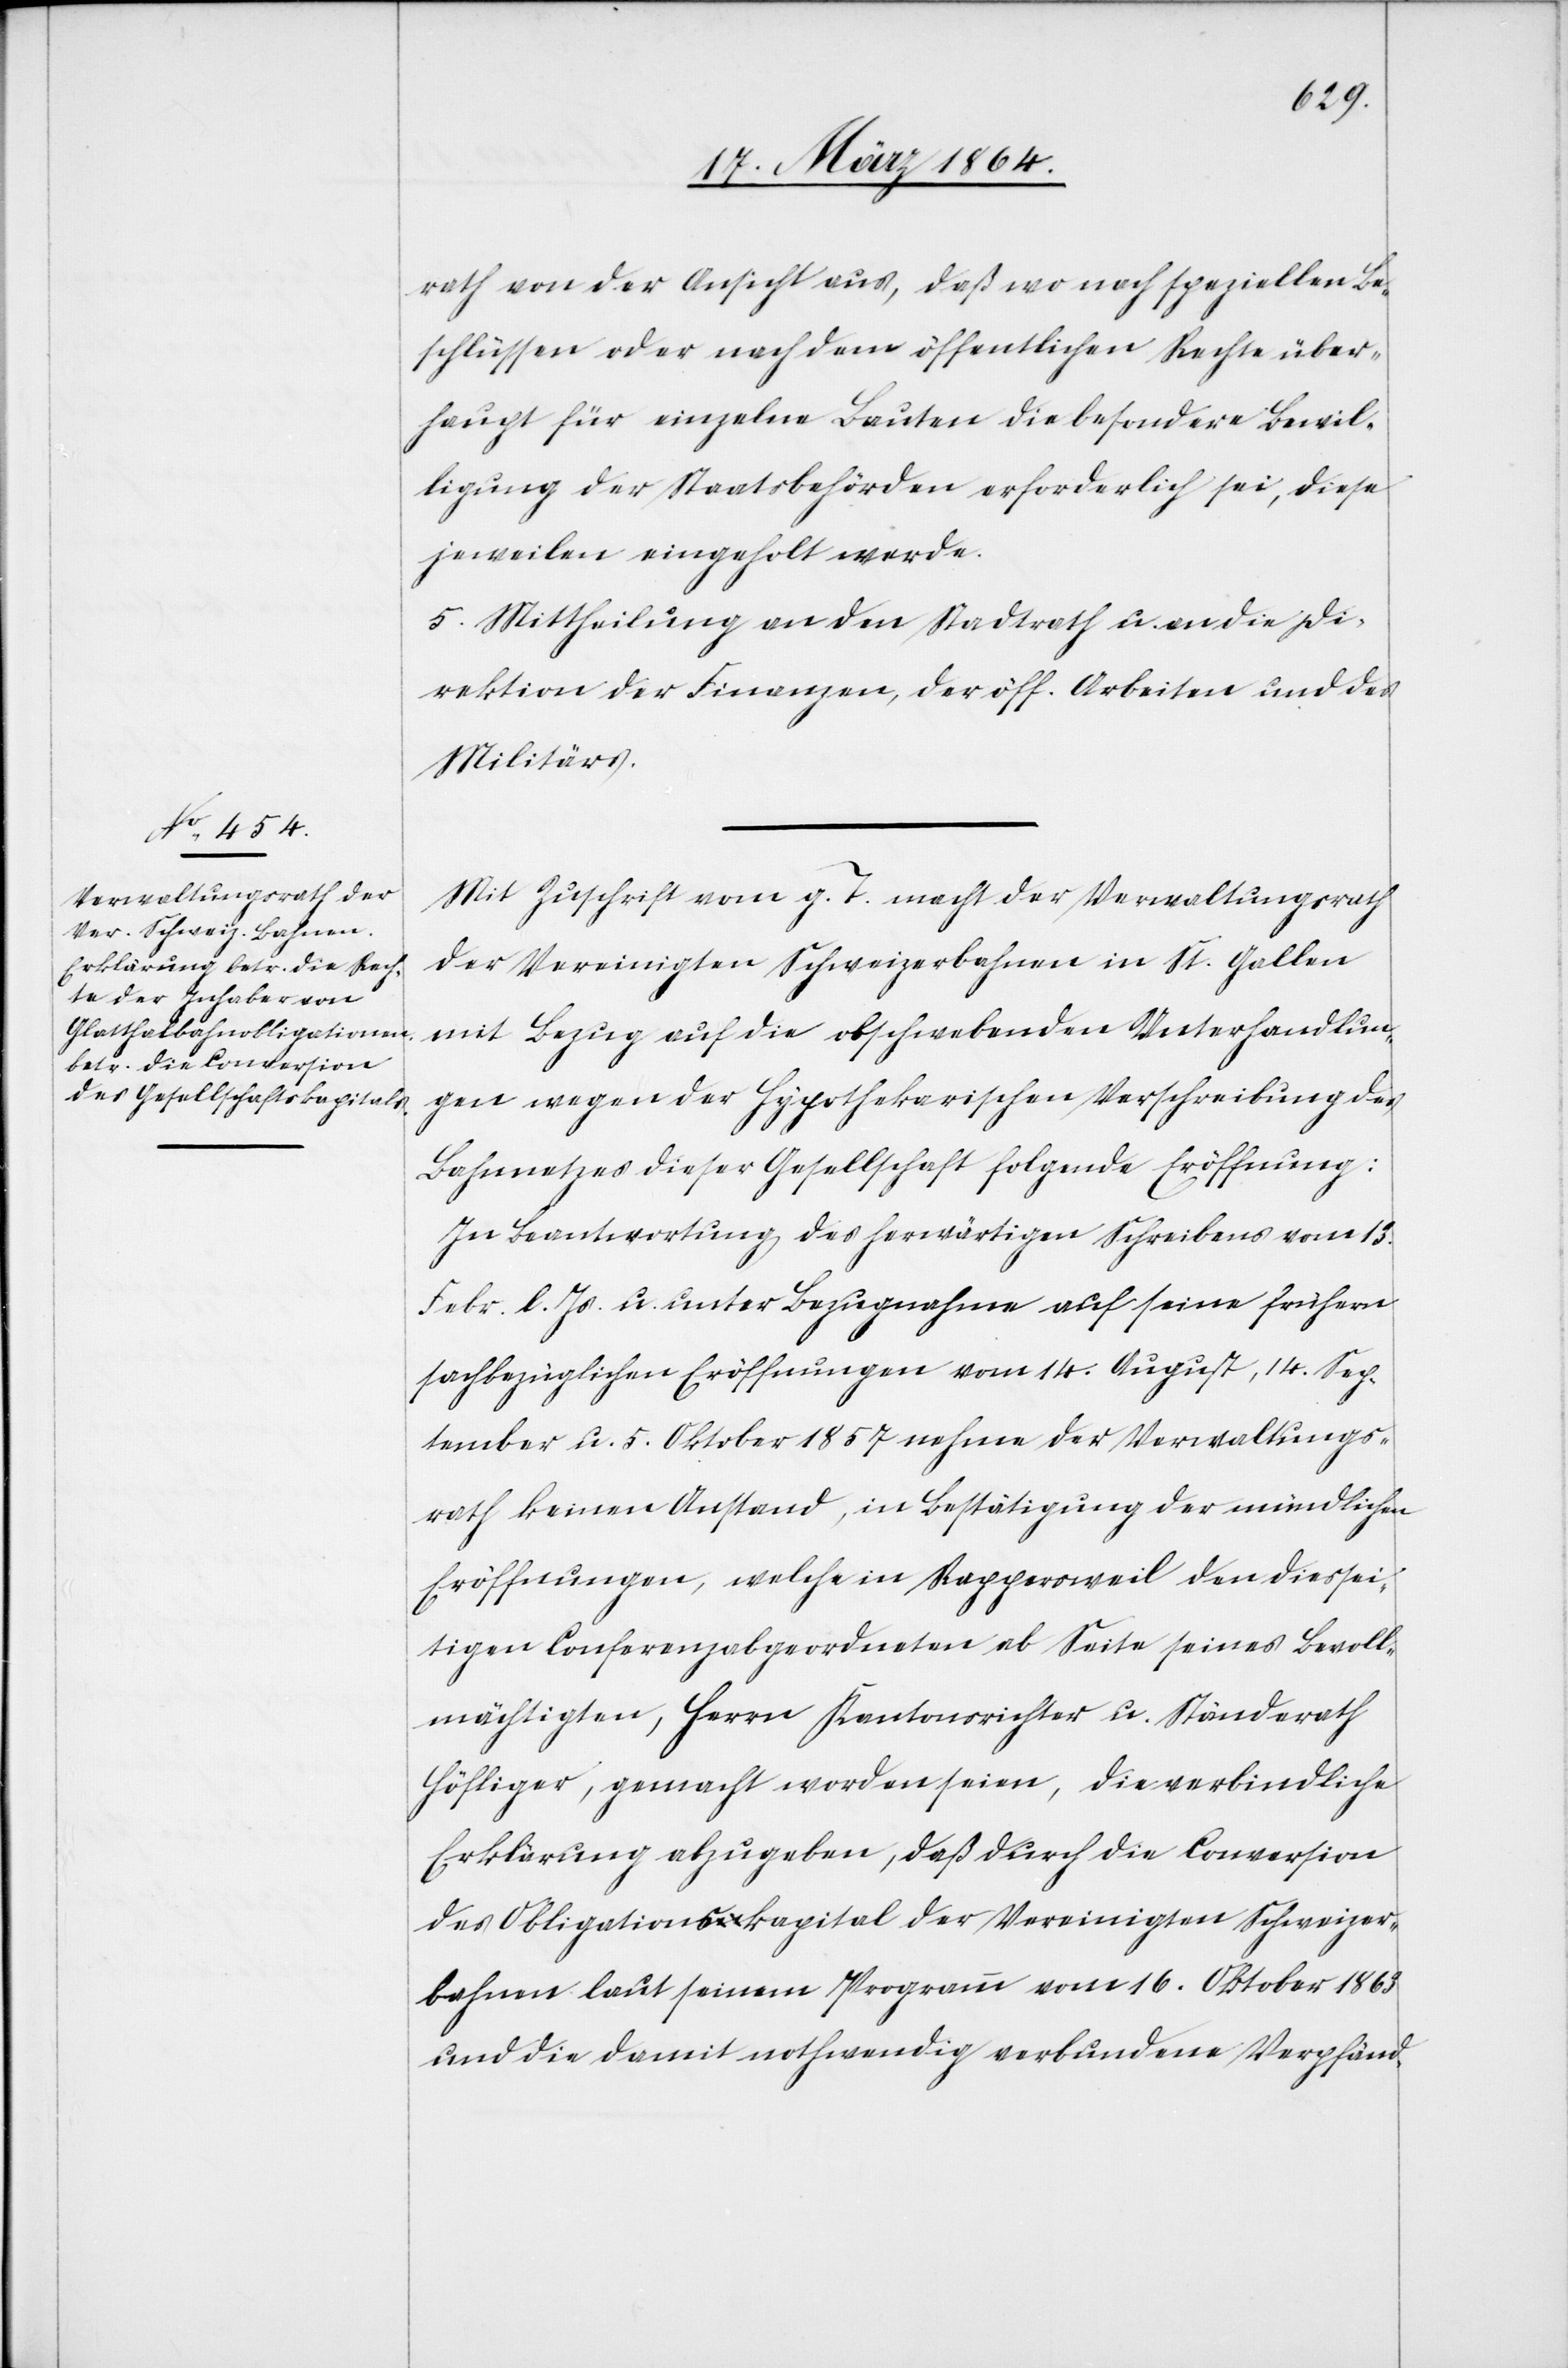
rath von der Ansicht aus, daß wo nach speziellen Be¬
schlüssen oder nach dem öffentlichen Rechte über¬
haupt für einzelne Bauten die besondere Bewil¬
ligung der Staatsbehörden erforderlich sei, diese
jeweilen eingeholt werde.
5. Mittheilung an den Stadtrath u. an die Di¬
rektion der Finanzen, der öff. Arbeiten und des
Militärs.
Mit Zuschrift vom g. T. macht der Verwaltungsrath
der Vereinigten Schweizerbahnen in St. Gallen
mit Bezug auf die obschwebenden Unterhandlun¬
gen wegen der Hypothekarischen Verschreibung des
Bahnnetzes dieser Gesellschaft folgende Eröffnung:
In Beantwortung des herwärtigen Schreibens vom 23.
Febr. l. Js. u. unter Bezugnahme auf seine frühern
sachbezüglichen Eröffnungen vom 14. August, 14. Sep¬
tember u. 5. Oktober 1857 nehme der Verwaltungs¬
rath keinen Anstand, in Bestätigung der mündlichen
Eröffnungen, welche in Rappersweil den diessei¬
tigen Conferenzabgeordneten ab Seite seines Bevoll¬
mächtigten, Herrn Kantonsrichter u. Ständerath
Höfliger, gemacht worden seien, die verbindliche
Erklärung abzugeben, daß durch die Conversion
des Obligationskapital [sic!] der Vereinigten Schweizer¬
bahnen laut seinem Programm vom 16. Oktober 1863
und die damit nothwendig verbundene Verpfänd-